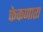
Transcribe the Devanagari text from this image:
फेकणारा